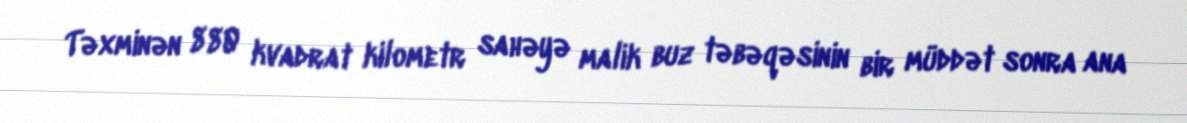
Təxminən 880 kvadrat kilometr sahəyə malik buz təbəqəsinin bir müddət sonra ana